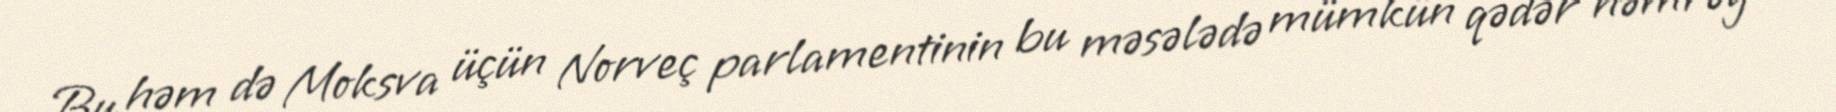
Bu həm də Moksva üçün Norveç parlamentinin bu məsələdə mümkün qədər həmrəy